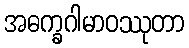
အဓက္ခဂါမာဝဿုတာ